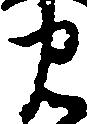
忠